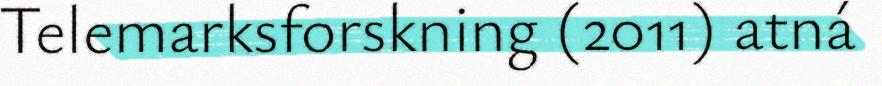
Telemarksforskning (2011) atná